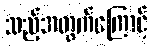
သည့်အတွက်ကြောင့်